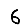
Digit: 6